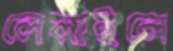
লেলাইলে